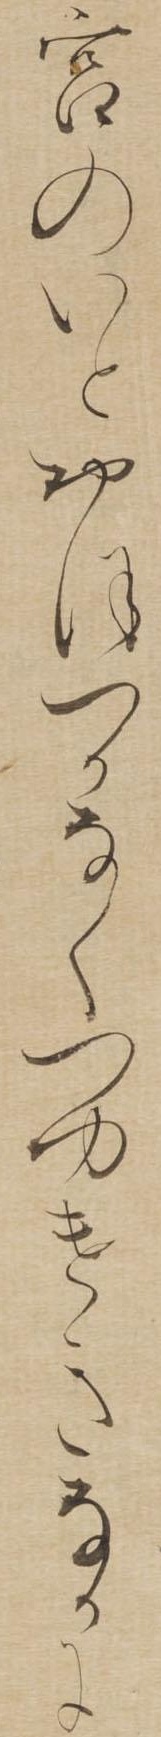
宮のいとおほつかなくつゆけきなかに